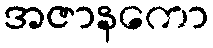
အဇာနကော